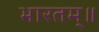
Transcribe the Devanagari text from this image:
भारतम्॥